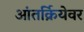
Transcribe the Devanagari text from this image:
आंतर्क्रियेवर